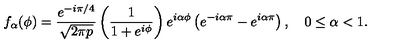
f _ { \alpha } ( \phi ) = { \frac { e ^ { - i \pi / 4 } } { \sqrt { 2 \pi p } } } \left( { \frac { 1 } { 1 + e ^ { i \phi } } } \right) e ^ { i \alpha \phi } \left( e ^ { - i \alpha \pi } - e ^ { i \alpha \pi } \right) , \quad 0 \le \alpha < 1 .